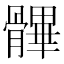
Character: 𩪖